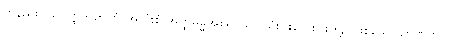
တနည်း။ သဗ္ဗတ္ထကဉာဏံ၊ အလုံးစုံ အတ္ထဓမ္မအစရှိသော သုံးပါးလေးပါးတို့၌ ဖြစ်သော ဉာဏ်ကို။ ဝါ၊